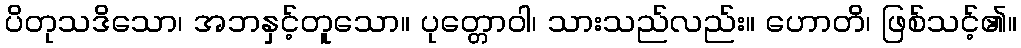
ပိတုသဒိသော၊ အဘနှင့်တူသော။ ပုတ္တောဝါ၊ သားသည်လည်း။ ဟောတိ၊ ဖြစ်သင့်၏။